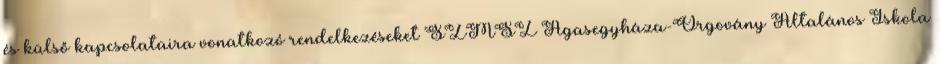
és külső kapcsolataira vonatkozó rendelkezéseket SZMSZ Ágasegyháza-Orgovány Általános Iskola